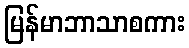
မြန်မာဘာသာစကား